Vital statistics of India. Vol. V, Reports of 1876 on armies & jails and on epidemic cholera
Year: 1876
Disease focus: Cholera
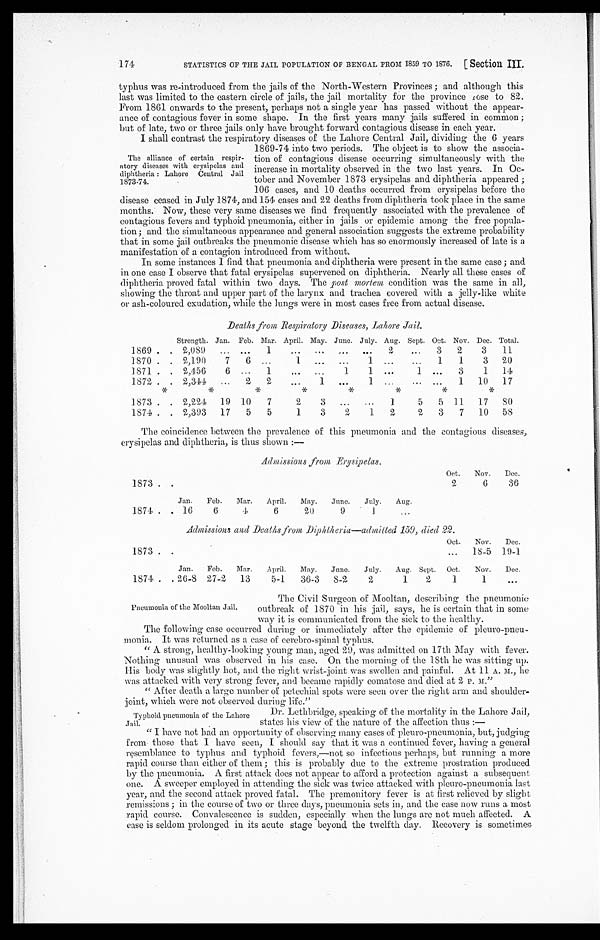
STATISTICS OF THE JAIL POPULATION OF BENGAL FROM 1859 TO 1876. [Section III.
174
typhus was re-introduced from the jails of the North-Western Provinces; and although this
last was limited to the eastern circle of jails, the jail mortality for the province rose to 82.
From 1861 onwards to the present, perhaps not a single year has passed without the appear
-ance of contagious fever in some shape. In the first years many jails suffered in common;
but of late, two or three jails only have brought forward contagious disease in each year.
I shall contrast the respiratory diseases of the Lahore Central Jail, dividing the 6 years
1869-74 into two periods. The object is to show the associa
-tion of contagious disease occurring simultaneously with the
increase in mortality observed in the two last years. In Oc
-tober and November 1873 erysipelas and diphtheria appeared;
106 cases, and 10 deaths occurred from erysipelas before the
disease ceased in July 1874, and 154 cases and 22 deaths from diphtheria took place in the same
months. Now, these very same diseases we find frequently associated with the prevalence of
contagious fevers and typhoid pneumonia, either in jails or epidemic among the free popula
- t i o n ; a n d t h e s i m u l t a n e o u s a p p e a r a n c e a n d g e n e r a l a s s o c i a t i o n s u g g e s t s t h e e x t r e m e p r o b a b i l i t y
that in some jail outbreaks the pneumonic disease which has so enormously increased of late is a
manifestation of a contagion introduced from without.
In some instances I find that pneumonia and diphtheria were present in the same case; and
in one case I observe that fatal erysipelas supervened on diphtheria. Nearly all these cases of
diphtheria proved fatal within two days. The post mortem condition was the same in all,
showing the throat and upper part of the larynx and trachea covered with a jelly-like white
or ash-coloured exudation, while the lungs were in most cases free from actual disease.
Deaths from Respiratory Diseases, Lahore Jail.
Strength. Jan. Feb. Mar. April. May. June. July. Aug. Sept. Oct. Nov. Dec. Total.
1869
2,089
1
2
3 2 3 11
1870
2,1910 7 6
1
1
1 1 3 20
1871
2,456 6
1
1 1
1
3 1 14
1872
2,344
2 2
2 1
1
1 10 17
*
*
*
*
*
*
*
*
1873
2,224 19 10 7
2 3
1
5 5 11 17 80
1874
2,393 17 5 5
1 3 2
1 2
2 3 7 10 58
The coincidence between the prevalence of this pneumonia and the contagious diseases,
erysipelas and diphtheria, is thus shown:—
Admissions from Erysipelas.
Oct. Nov. Dec.
1873
2
6
36
Jan. Feb. Mar. April. May. June. July. Aug.
1874
1 6
6
4
6
20
9
1
Admissions and Deaths from Diphtheria—admitted 159, died 22.
Oct. Nov. Dec.
1873
18-5 19-1
Jan. Feb. Mar. April. May. June. July. Aug. Sept. Oct. Nov. Dec.
1874
2 6 - 8 27-2 13
5-1 36-3 8-2
2
1 2
1
1
The Civil Surgeon of Mooltan, describing the pneumonic
outbreak of 1870 in his jail, says, he is certain that in some
way it is communicated from the sick to the healthy.
The following case occurred during or immediately after the epidemic of pleuro-pneu
- m o n i a . I t w a s r e t u r n e d a s a c a s e o f c e r e b r o - s p i n a l t y p h u s .
"A strong, healthy-looking young man, aged 29, was admitted on 17th May with fever.
Nothing unusual was observed in his case. On the morning of the 18th he was sitting up.
His body was slightly hot, and the right wrist-joint was swollen and painful. At 11 A. M., he
was attacked with very strong fever, and became rapidly comatose and died at 2 P. M."
"After death a large number of petechial spots were seen over the right arm and shoulder-
joint, which were not observed during life."
Dr. Lethbridge, speaking of the mortality in the Lahore Jail,
states his view of the nature of the affection thus:
—
"I have not had an opportunity of observing many cases of pleuro-pneumonia, but, judging
from those that I have seen, I should say that it was a continued fever, having a general
resemblance to typhus and typhoid fevers,—not so infectious perhaps, but running a more
rapid course than either of them; this is probably due to the extreme prostration produced
by the pneumonia. A first attack does not appear to afford a protection against a subsequent
one. A sweeper employed in attending the sick was twice attacked with pleuro-pneumonia last
year, and the second attack proved fatal. The premonitory fever is at first relieved by slight
remissions; in the course of two or three days, pneumonia sets in, and the case now runs a most
rapid course. Convalescence is sudden, especially when the lungs are not much affected. A
case is seldom prolonged in its acute stage beyond the twelfth day. Recovery is sometimes
The alliance of certain respir
- a t o r y d i s e a s e s w i t h e r y s i p e l a s a n d diphtheria: Lahore Central Jail
1873-74.
Pneumonia of the Mooltan Jail.
Typhoid pneumonia of the Lahore
Jail.